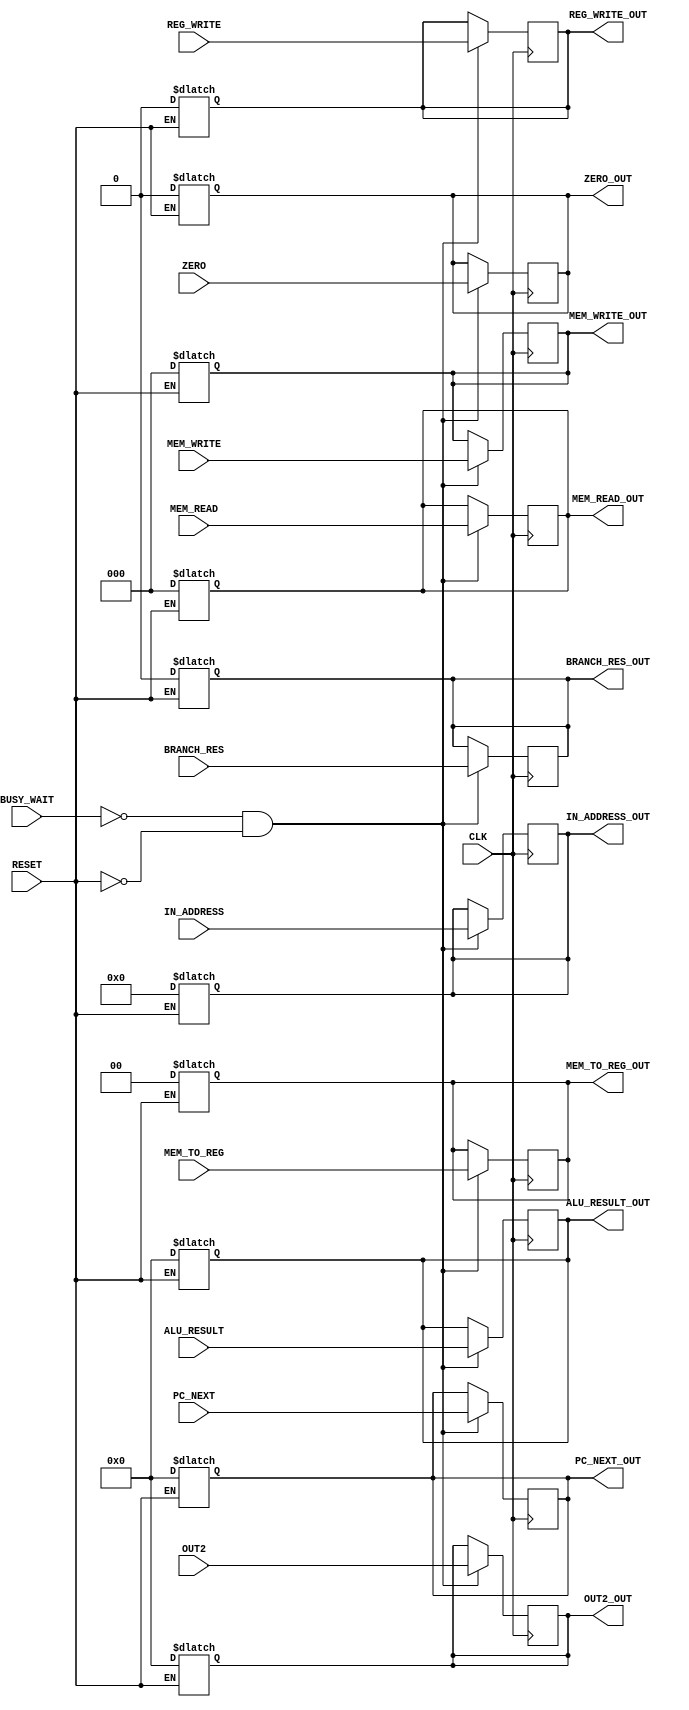
`timescale 1ns/100ps

module pipeline3(CLK, RESET, BUSY_WAIT,REG_WRITE, MEM_READ, MEM_TO_REG, MEM_WRITE, BRANCH_RES, ALU_RESULT,ZERO, OUT2, IN_ADDRESS, PC_NEXT,
				BRANCH_RES_OUT, REG_WRITE_OUT, MEM_READ_OUT,MEM_WRITE_OUT, MEM_TO_REG_OUT, IN_ADDRESS_OUT, ALU_RESULT_OUT,ZERO_OUT, OUT2_OUT, PC_NEXT_OUT);
	input CLK, RESET, BUSY_WAIT, BRANCH_RES, REG_WRITE,ZERO;
	input [2:0] MEM_READ,MEM_WRITE;
	input [1:0] MEM_TO_REG;
	input [4:0] IN_ADDRESS;
	input [31:0] ALU_RESULT, OUT2, PC_NEXT;
	
	output reg BRANCH_RES_OUT,REG_WRITE_OUT,ZERO_OUT;
	output reg [2:0] MEM_READ_OUT,MEM_WRITE_OUT;
	output reg [1:0] MEM_TO_REG_OUT;
	output reg [4:0] IN_ADDRESS_OUT;
	output reg [31:0] ALU_RESULT_OUT, OUT2_OUT, PC_NEXT_OUT;
	
	always @(posedge CLK) begin
		#1
		if (!BUSY_WAIT & !RESET) begin
			BRANCH_RES_OUT <= BRANCH_RES;
			ZERO_OUT <= ZERO;
			REG_WRITE_OUT <= #1 REG_WRITE;
			MEM_READ_OUT <= MEM_READ;
			MEM_WRITE_OUT <= MEM_WRITE;
			MEM_TO_REG_OUT <= #1 MEM_TO_REG;
			IN_ADDRESS_OUT <= #1 IN_ADDRESS;
			ALU_RESULT_OUT <= ALU_RESULT;
			OUT2_OUT <= OUT2;
			PC_NEXT_OUT <= #1 PC_NEXT;
		end
	end
	
	//when reset do we need to reset all
	always @(*) begin
		#1
		if(RESET == 1'b1) begin
			BRANCH_RES_OUT = 0;
			REG_WRITE_OUT = 0;
			MEM_READ_OUT = 0;
			MEM_WRITE_OUT = 0;
			MEM_TO_REG_OUT = 0;
			IN_ADDRESS_OUT = 0;
			ALU_RESULT_OUT = 0;
			OUT2_OUT = 0;
			PC_NEXT_OUT = 0;
			ZERO_OUT = 0 ;
		end
	end
endmodule